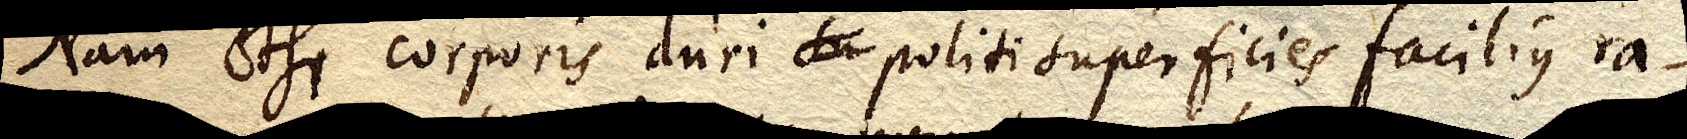
Nam etsi corporis duri su politi superficies facilius ra–